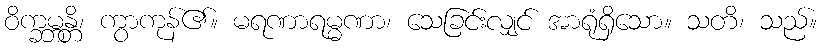
ဝိက္ခမ္ဘန္တိ၊ ကွာကုန်၏။ မရဏာရမ္မဏာ၊ သေခြင်းလျှင် အာရုံရှိသော။ သတိ၊ သည်။